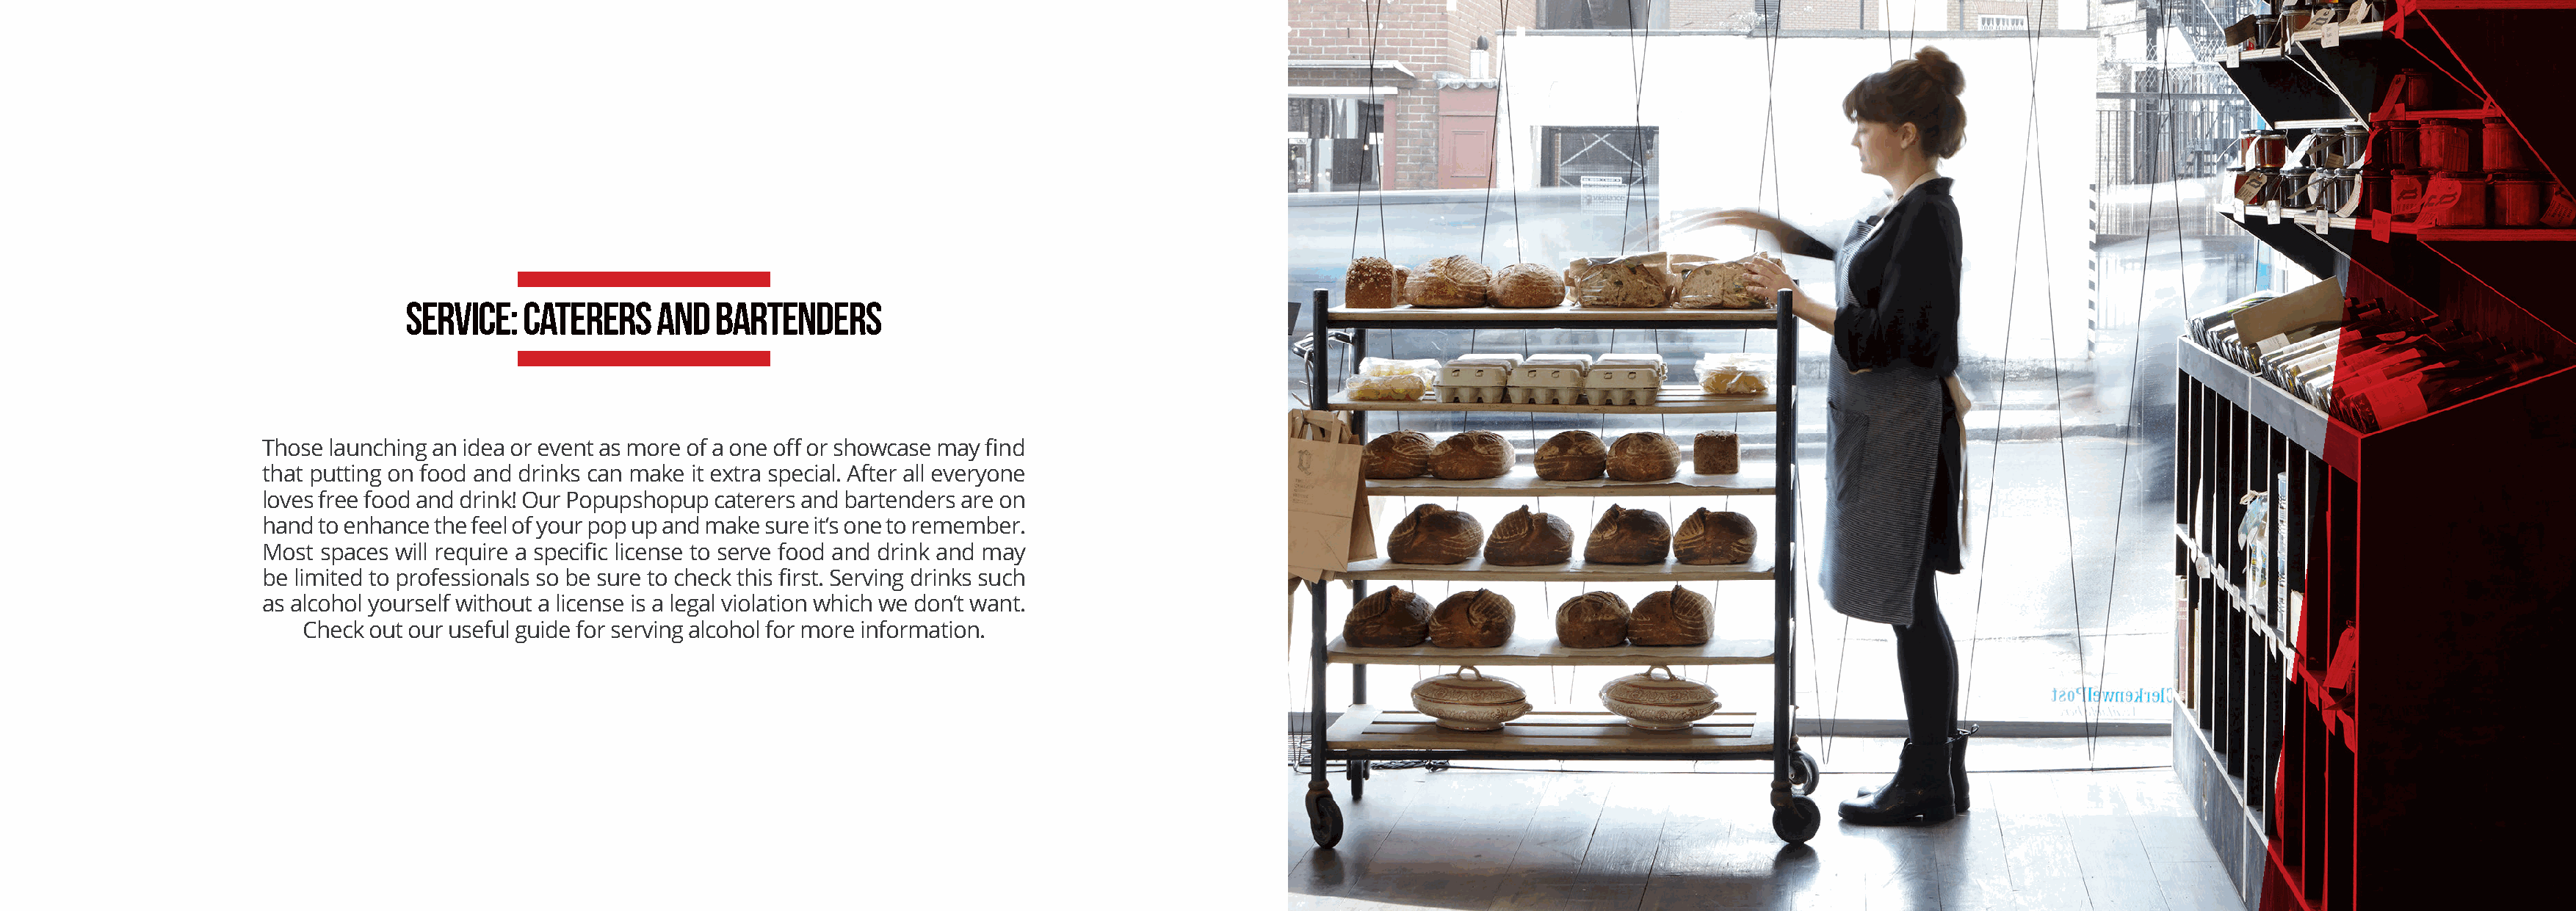
SERVICE:  CATERERS    AND  BARTENDERS
 Those launching an idea or event as more of a one off or showcase may find
 that putting on food and drinks can make it extra special. After all everyone
 loves free food and drink! Our Popupshopup caterers and bartenders are on
 hand to enhance the feel of your pop up and make sure it’s one to remember.
 Most spaces will require a specific license to serve food and drink and may
 be limited to professionals so be sure to check this first. Serving drinks such
 as alcohol yourself without a license is a legal violation which we don’t want.
 Check out our useful guide for serving alcohol for more information.